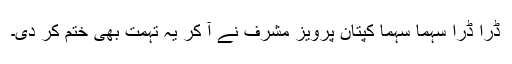
ڈرا ڈرا سہما سہما کپتان پرویز مشرف نے آ کر یہ تہمت بھی ختم کر دی۔